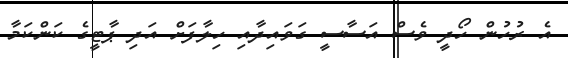
އެ ރުހުން ހޯދީ ވެސް އަސާސީ ގަވައިދާއި ހިލާފަށް އަދި ޕާޓީގެ ކަންކަމާ